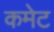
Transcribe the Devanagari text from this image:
कमेट